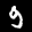
Label: 9